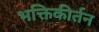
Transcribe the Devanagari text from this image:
भक्तिकीर्तन